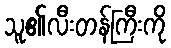
သူ၏လီးတန်ကြီးကို